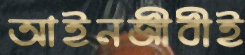
আইনজীবীই